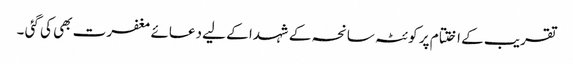
تقریب کے اختتام پر کوئٹہ سانحہ کے شہدا کے لیے دعائے مغفرت بھی کی گئی ۔